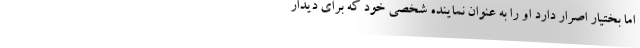
اما بختیار اصرار دارد او را به عنوان نماینده شخصی خود که برای دیدار